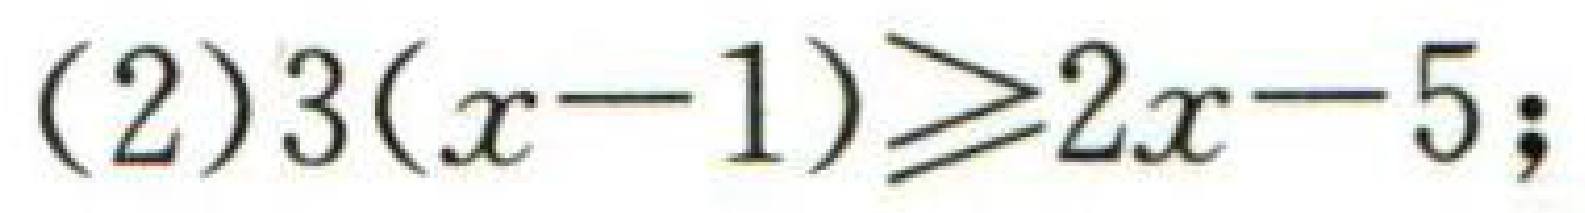
(2)$3(x - 1)\geq2x - 5$;